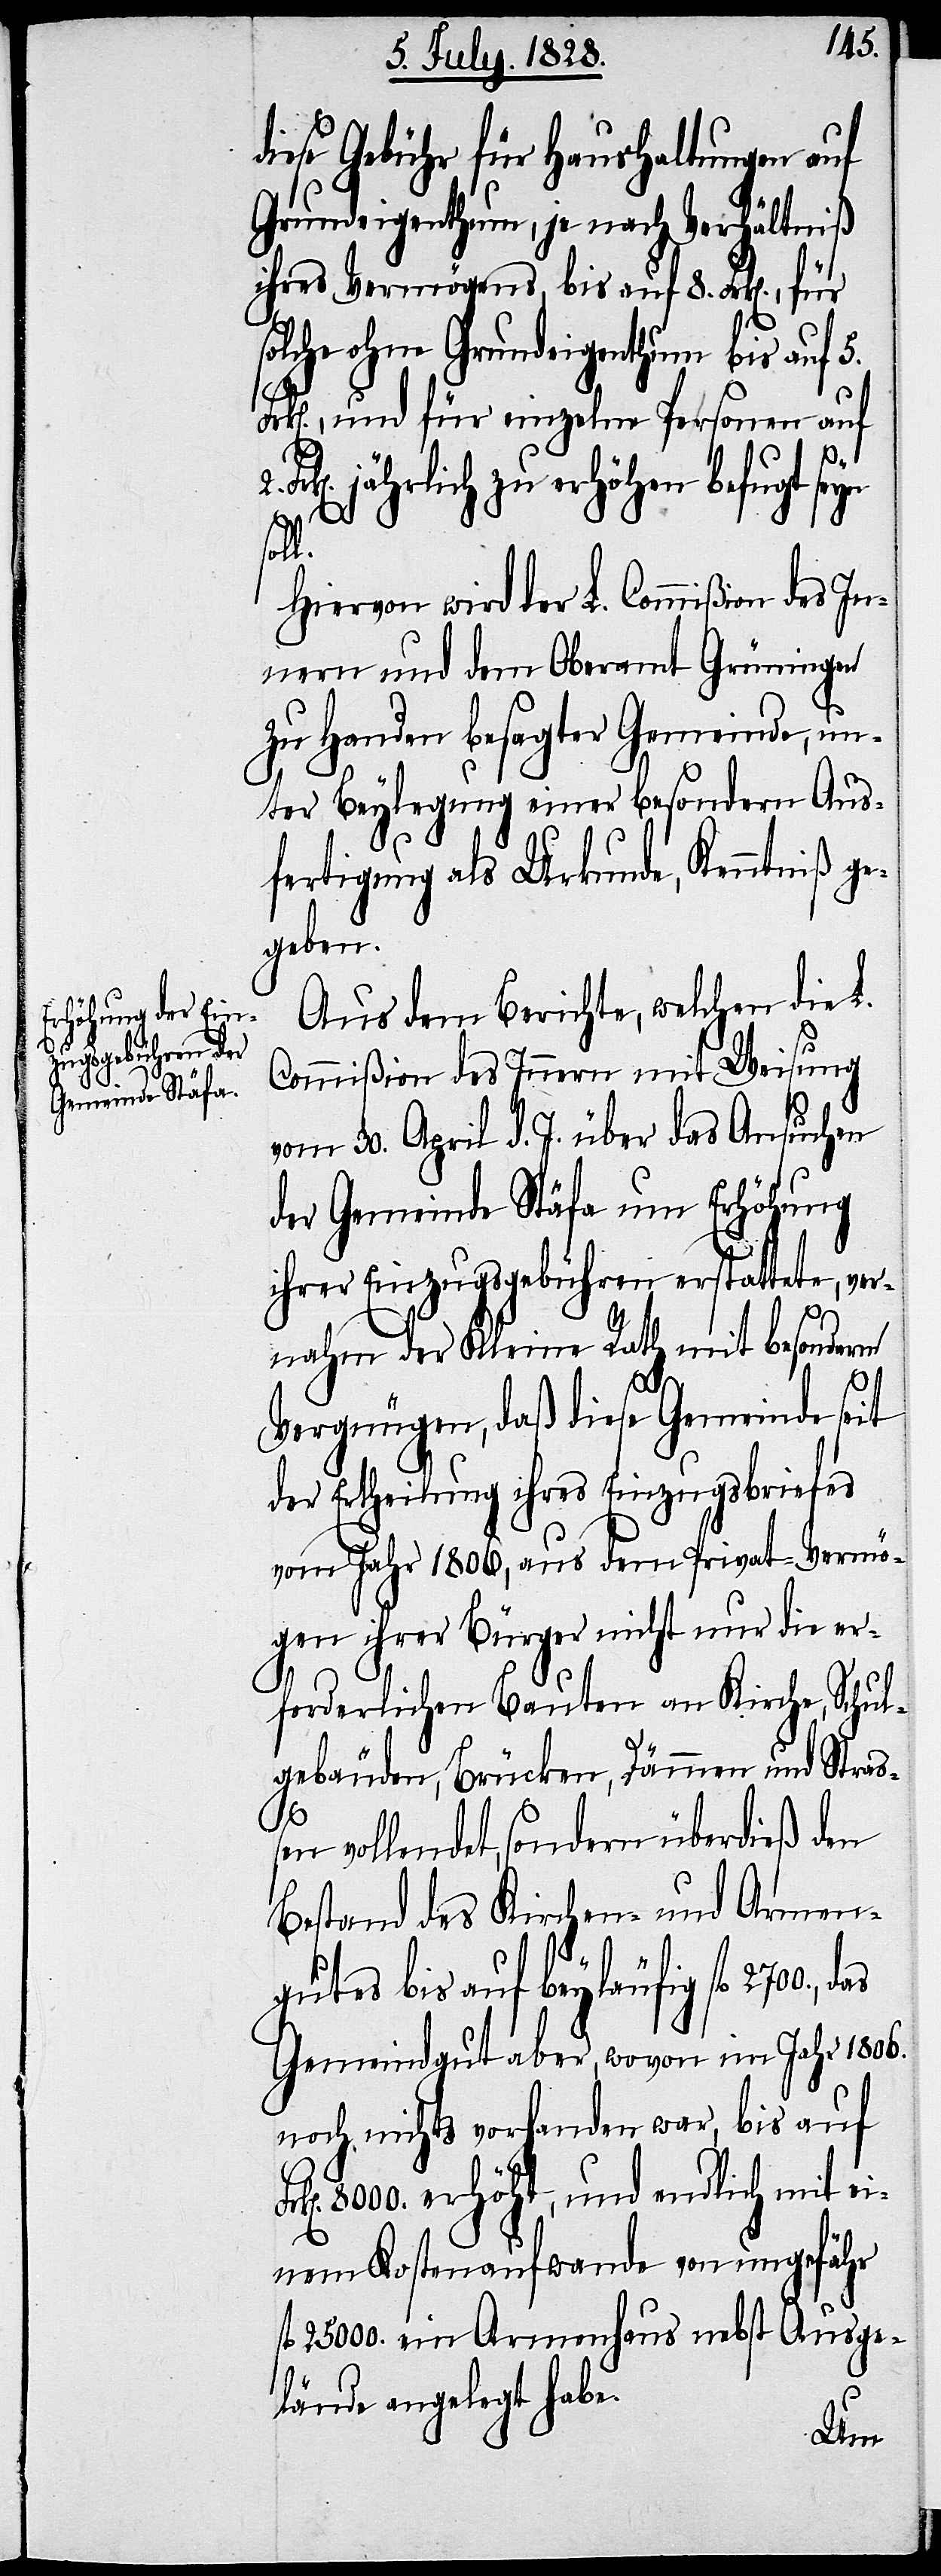
diese Gebühr für Haushaltungen auf
Grundeigenthüm, je nach Verhältniß
ihres Vermögens, bis auf 8. Frk[en].,
solche ohne Grundeigenthum bis auf 5.
k[en]., und für einzelne Personen auf
jährlich zu erhöhen befugt
fl.
Hiervon wird der L. Commißion des In¬
nern und dem Oberamt Grüningen
zu Handen besagter Gemeinde, un¬
ter Beylegung einer besondern Aus¬
fertigung als Urkunde, Kenntniß ge¬
geben.
Aus dem Berichte, welchen die L.
das
Commißion des Innern mit Weisung
vom 30. April d. J. über das Ansuchen
der Gemeinde Stäfa um Erhöhung
ihrer Einzugsgebühren erstattete, ver¬
nahm der Kleine Rath mit besonderm
l.
Vergnügen, daß diese Gemeinde seit
der Ertheilung ihres Einzugsbriefes
im Jahr 1806, aus dem Privat-Vermö¬
gen ihrer Bürger nicht nur die er¬
forderlichen Bauten an Kirche, Schul¬
gebäuden, Brücken, Dämmen und Straß¬
en vollendet, sondern überdieß den
Bestand des Kirchen- und Armen¬
gutes bis auf beyläufig fl. 2700.,
Gemeindgut aber, wovon im Jahr 1806.
noch nichts vorhanden war, bis auf
8000. erhöht, und endlich mit ei¬
nem Kostenaufwande von ungefähr
25 000. ein Armenhaus nebst Ausge¬
lände angelegt habe.